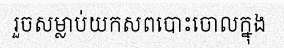
រួចសម្លាប់យកសពបោះចោលក្នុង